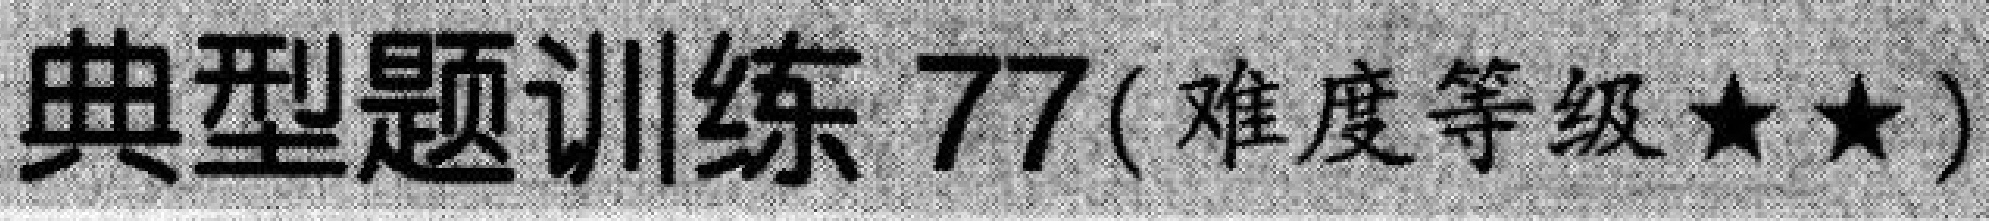
典型题训练 77(难度等级★★)